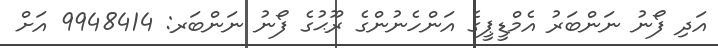
އަދި ފޯނު ނަންބަރު އެމްޑީޕީގެ އަންހެނުންގެ ރޫޙުގެ ފޯނު ނަންބަރ: 9948414 އަށް